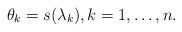
LaTeX: \begin{align*}\theta_k=s(\lambda_k),k=1,\dots,n.\end{align*}